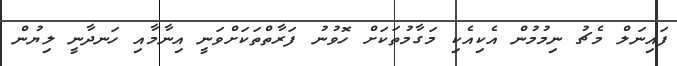
ފައިނަލް މެޗު ނިމުމުން އެކިއެކި މަގާމުތަކަށް ހޮވުނު ފަރާތްތަކަށްވަނީ އިނާމާއި ހަނދާނީ ލިޔުން